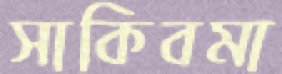
সাকিবমা